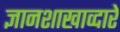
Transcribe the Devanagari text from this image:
ज्ञानशाखाव्दारे